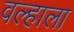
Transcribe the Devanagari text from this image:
वल्हाला